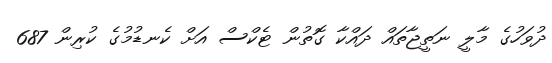
ދުވަހުގެ މާލީ ނަތީޖާތައް ދައްކާ ގޮތުން ޓެކްސް އަށް ކެނޑުމުގެ ކުރިން 687